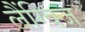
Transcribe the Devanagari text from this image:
लैंग्विज